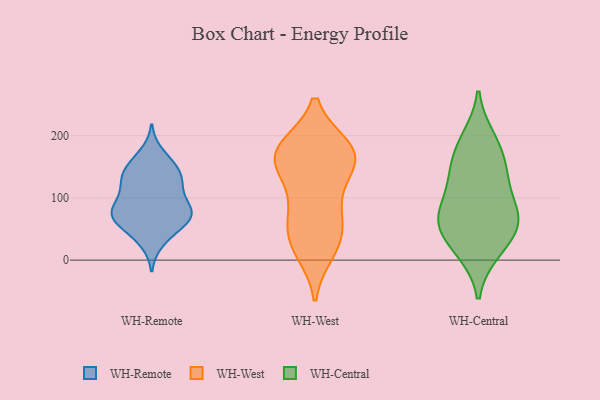
{"axis": {"x": "Churn Rate (%)", "y": "Value"}, "legend": ["WH-Central", "WH-Remote", "WH-West"], "data": [{"x": "", "y": 171, "type": "WH-Remote"}, {"x": "", "y": 79, "type": "WH-Remote"}, {"x": "", "y": 83, "type": "WH-Remote"}, {"x": "", "y": 61, "type": "WH-Remote"}, {"x": "", "y": 156, "type": "WH-Remote"}, {"x": "", "y": 79, "type": "WH-Remote"}, {"x": "", "y": 63, "type": "WH-Remote"}, {"x": "", "y": 29, "type": "WH-Remote"}, {"x": "", "y": 129, "type": "WH-Remote"}, {"x": "", "y": 142, "type": "WH-Remote"}, {"x": "", "y": 40, "type": "WH-Remote"}, {"x": "", "y": 64, "type": "WH-Remote"}, {"x": "", "y": 109, "type": "WH-Remote"}, {"x": "", "y": 85, "type": "WH-Remote"}, {"x": "", "y": 74, "type": "WH-Remote"}, {"x": "", "y": 136, "type": "WH-Remote"}, {"x": "", "y": 147, "type": "WH-Remote"}, {"x": "", "y": 123, "type": "WH-Remote"}, {"x": "", "y": 113, "type": "WH-Remote"}, {"x": "", "y": 70, "type": "WH-Remote"}, {"x": "", "y": 28, "type": "WH-West"}, {"x": "", "y": 181, "type": "WH-West"}, {"x": "", "y": 80, "type": "WH-West"}, {"x": "", "y": 180, "type": "WH-West"}, {"x": "", "y": 163, "type": "WH-West"}, {"x": "", "y": 180, "type": "WH-West"}, {"x": "", "y": 14, "type": "WH-West"}, {"x": "", "y": 57, "type": "WH-West"}, {"x": "", "y": 23, "type": "WH-West"}, {"x": "", "y": 106, "type": "WH-West"}, {"x": "", "y": 148, "type": "WH-West"}, {"x": "", "y": 62, "type": "WH-West"}, {"x": "", "y": 152, "type": "WH-West"}, {"x": "", "y": 177, "type": "WH-West"}, {"x": "", "y": 160, "type": "WH-West"}, {"x": "", "y": 128, "type": "WH-Central"}, {"x": "", "y": 73, "type": "WH-Central"}, {"x": "", "y": 146, "type": "WH-Central"}, {"x": "", "y": 71, "type": "WH-Central"}, {"x": "", "y": 188, "type": "WH-Central"}, {"x": "", "y": 158, "type": "WH-Central"}, {"x": "", "y": 196, "type": "WH-Central"}, {"x": "", "y": 50, "type": "WH-Central"}, {"x": "", "y": 78, "type": "WH-Central"}, {"x": "", "y": 15, "type": "WH-Central"}, {"x": "", "y": 55, "type": "WH-Central"}, {"x": "", "y": 13, "type": "WH-Central"}, {"x": "", "y": 58, "type": "WH-Central"}, {"x": "", "y": 119, "type": "WH-Central"}]}